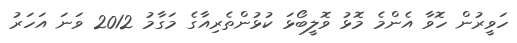
ހަވީރުން ހޮވާ އެންމެ މޮޅު ވޮލީބޯޅަ ކުޅުންތެރިއާގެ މަގާމު 2012 ވަނަ އަހަރު